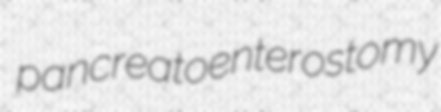
pancreatoenterostomy